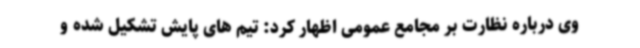
وی درباره نظارت بر مجامع عمومی اظهار کرد: تیم های پایش تشکیل شده و